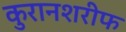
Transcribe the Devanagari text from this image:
कुरानशरीफ